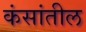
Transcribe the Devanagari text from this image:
कंसांतील